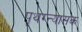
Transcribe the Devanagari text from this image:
पृथग्न्यासक